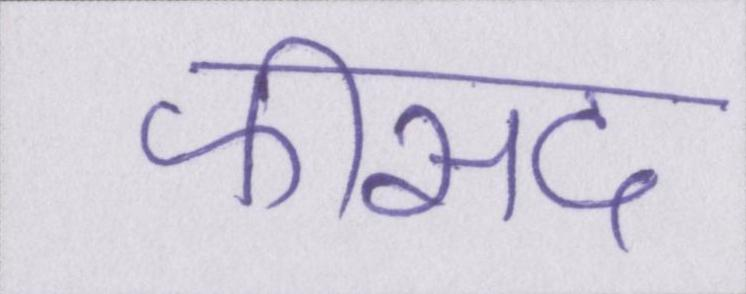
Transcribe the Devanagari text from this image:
फीसद